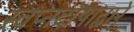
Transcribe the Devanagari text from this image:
स्वप्नदोषाद्वारे